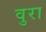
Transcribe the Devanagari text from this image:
वुरा